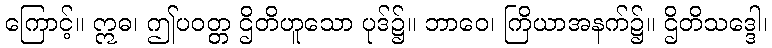
ကြောင့်။ ဣဓ၊ ဤပဝတ္တ ဌိတိဟူသော ပုဒ်၌။ ဘာဝေ၊ ကြိယာအနက်၌။ ဌိတိသဒ္ဒေါ၊